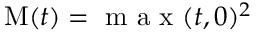
\mathrm { M } ( t ) = \mathrm { ~ m ~ a ~ x ~ } ( t , 0 ) ^ { 2 }